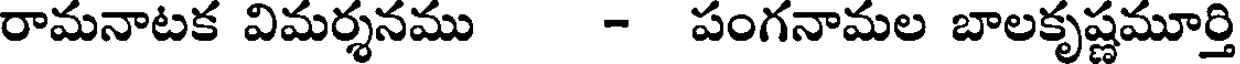
రామనాటక విమర్శనము - పంగనామల బాలకృష్ణమూర్తి